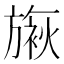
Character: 𬀓